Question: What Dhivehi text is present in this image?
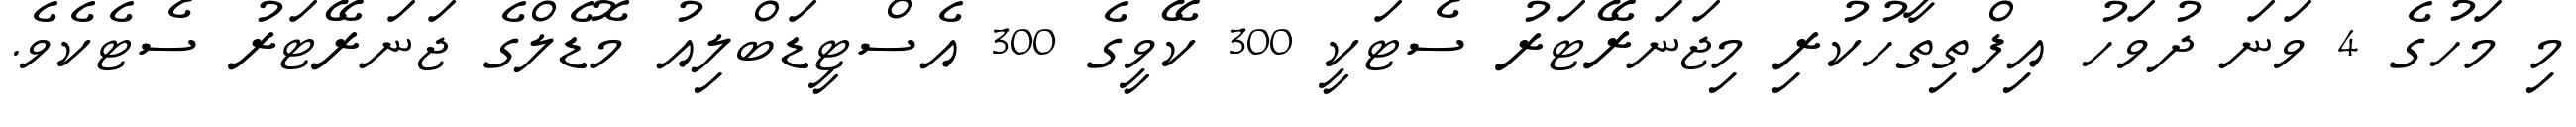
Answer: މި މަހުގެ 4 ވަނަ ދުވަހު އިފްތިތާހުކުރި މިޖަނަރޭޓަރު ސެޓަކީ 300 ކޭވީގެ 300 އެސްޓީޑަބްލިއު މޮޑެލްގެ ޖަނަރޭޓަރު ސެޓެކެވެ.